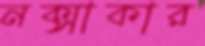
নক্সাকার